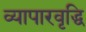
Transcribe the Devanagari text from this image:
व्यापारवृद्धि